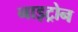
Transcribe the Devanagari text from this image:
नाइट्रोन